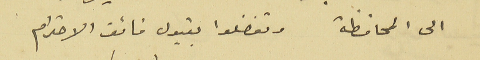
الى المحافظة وتفضلوا بقبول فائق الاحترام